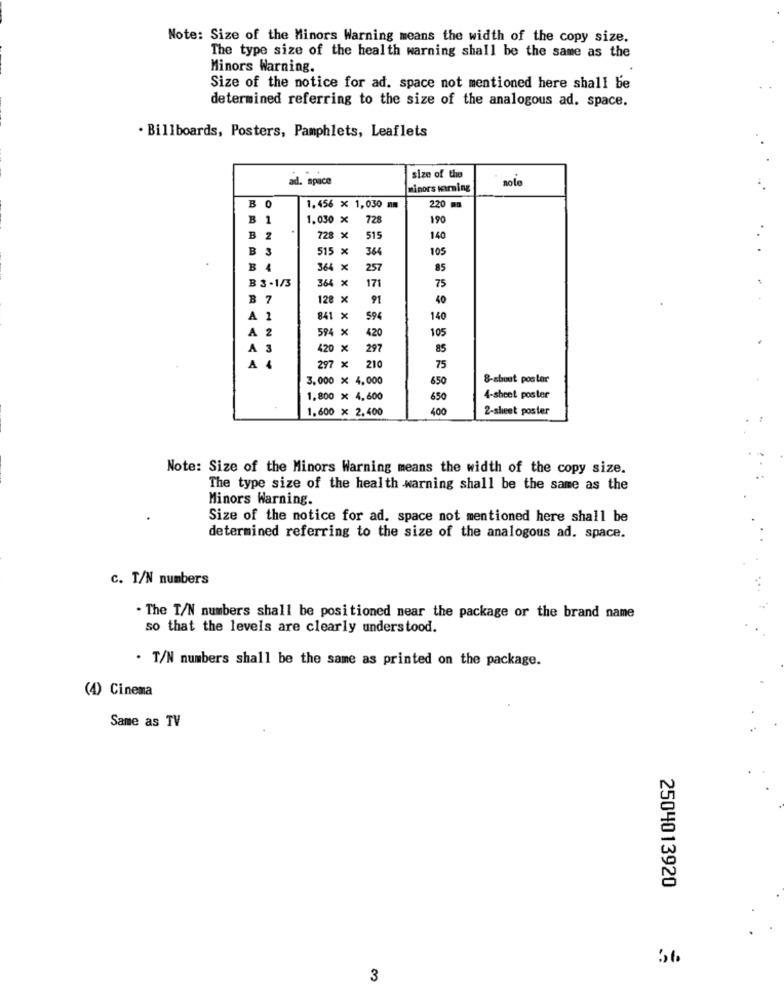
Note: Size of the Minors Warning means the width of the copy size.
The type size of the health warning shall be the same as the
Minors Warning.
Size of the notice for ad. space not mentioned here shall be
determined referring to the size of the analogous ad. space.
. Billboards, Posters, Pamphlets, Leaflets
aid. space
size of the
minors warming
nole
0
B
1.456 x 1,030 mm
220 m
B 1
1.030 × 728
190
B 2
728 X
515
140
B 3
515 x
364
105
B 4
364 X
257
85
B 3 -1/3
364 X
171
75
7
128 x
91
40
. 1
841 X
594
140
594 X
420
105
A 2
A
1 3
420 X
297
85
A 4
297 x
210
75
3,000 × 4,000
650
8-about poster
1.800 x 4,600
650
4-sheet poster
1.600 x 2.400
400
2-sheet poster
Note: Size of the Minors Warning means the width of the copy size.
The type size of the health warning shall be the same as the
Minors Warning.
Size of the notice for ad. space not mentioned here shall be
determined referring to the size of the analogous ad. space.
c. T/N numbers
. The T/N numbers shall be positioned near the package or the brand name
so that the levels are clearly understood.
. T/N numbers shall be the same as printed on the package.
(4) Cinema
Same as TV
2504013920
3